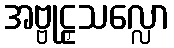
အဗ္ဗုဠှသလ္လော